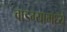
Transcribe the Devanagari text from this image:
वाडग्यामध्ये